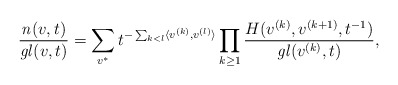
\begin{align*}\frac{\mathit{n}(v,t)} {\mathit{gl}(v,t)} = \sum_{v^*}t^{-\sum_{k<l}\langle v^{(k)}, v^{(l)} \rangle} \prod_{k\ge 1} \frac{H(v^{(k)}, v^{(k+1)}, t^{-1})} {\mathit{gl}(v^{(k)},t)}, \end{align*}